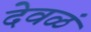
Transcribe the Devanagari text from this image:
देवळं